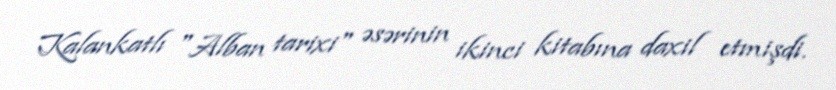
Kalankatlı "Alban tarixi" əsərinin ikinci kitabına daxil etmişdi.